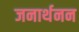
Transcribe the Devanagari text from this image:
जनार्थनन